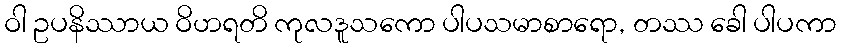
ဝါ ဥပနိဿာယ ဝိဟရတိ ကုလဒူသကော ပါပသမာစာရော, တဿ ခေါ ပါပကာ